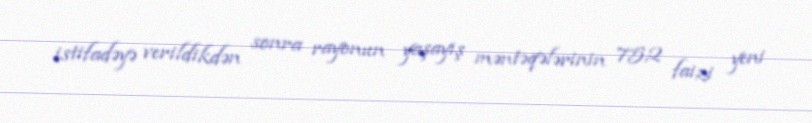
istifadəyə verildikdən sonra rayonun yaşayış məntəqələrinin 75,2 faizi yeni